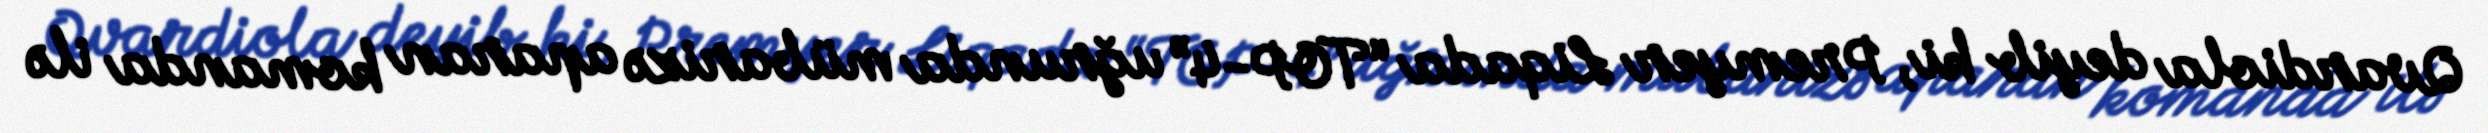
Qvardiola deyib ki, Premyer Liqada “TOP-4” uğrunda mübarizə aparan komanda ilə